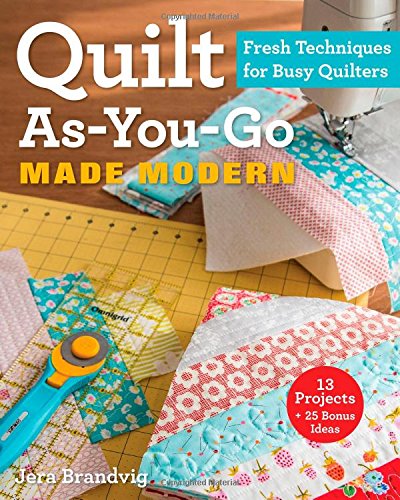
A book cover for Quilt As-You-Go Made Modern: Fresh Techniques for Busy Quilters; Jera Brandvig; Crafts, Hobbies & Home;